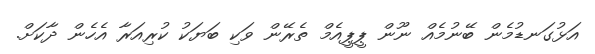
އަޅުގަނޑުމެން ބޭނުމެއް ނޫން ޕީޕީއެމް ތެރޭން ވަކި ބަޔަކު ކުރިއަރާ އެހެން ދާކަށް.